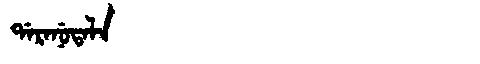
Manchu: ᡩᠠᡵᠠᠨᡠᡨᠠᠯᠠ
Romanization: DARANUTALA